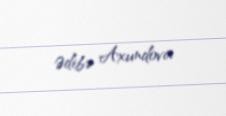
Ədibə Axundova